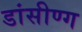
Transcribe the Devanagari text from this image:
डांसीण्ग